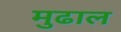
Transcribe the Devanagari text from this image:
मुढाल